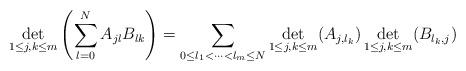
LaTeX: \begin{align*}\det_{1\leq j,k\leq m}\left(\sum_{l=0}^NA_{jl}B_{lk}\right)=\sum_{0\leq l_1<\dots<l_m\leq N}\det_{1\leq j,k\leq m}(A_{j,l_k})\det_{1\leq j,k\leq m}(B_{l_k,j}) \end{align*}